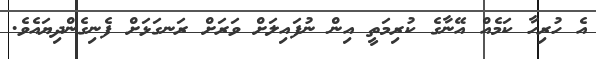
އެ ހުރިހާ ކަމެއް އޭނާގެ ކުރިމަތީ އިން ނުފައިލަށް ވަރަށް ރަނގަޅަށް ފެނިގެންދިޔައެވެ.